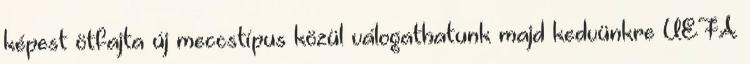
képest ötfajta új meccstípus közül válogathatunk majd kedvünkre UEFA